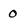
Character: 0